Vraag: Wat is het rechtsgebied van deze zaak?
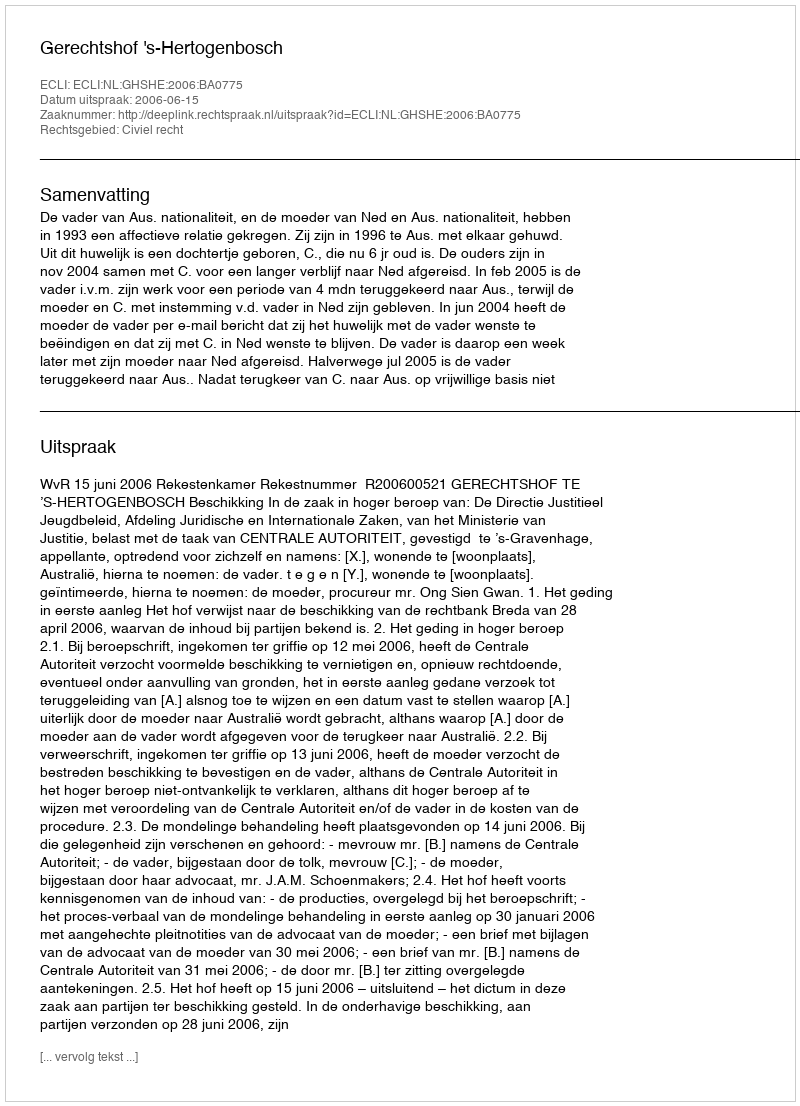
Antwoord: Civiel recht